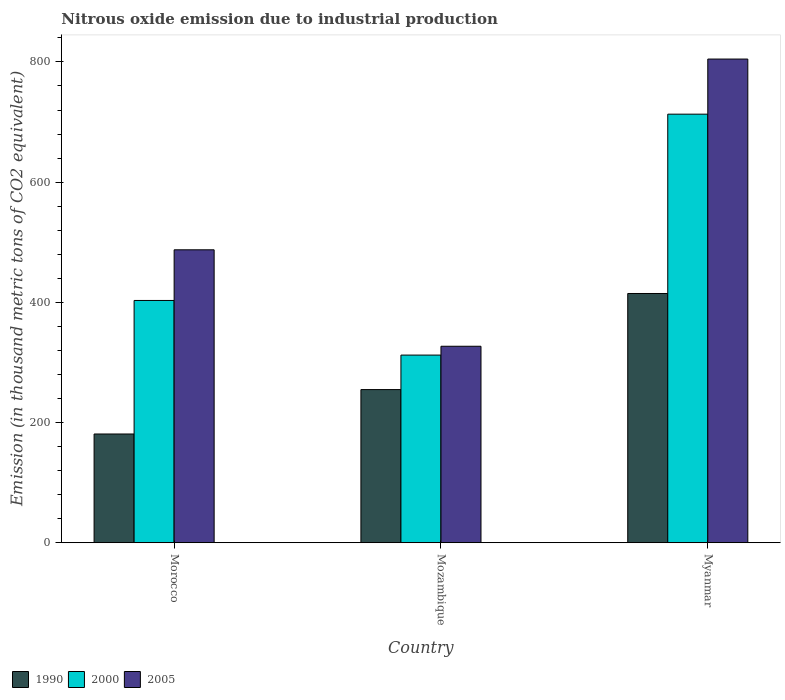
| Country | 1990 | 2000 | 2005 |
 | --- | --- | --- | --- |
 | Morocco | 181 | 403 | 487 |
 | Mozambique | 255 | 312 | 327 |
 | Myanmar | 415 | 713 | 805 |